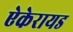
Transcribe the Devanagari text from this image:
ऐकेरायड